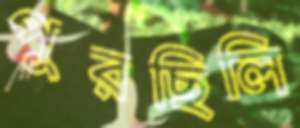
পুরছিলি